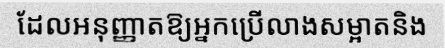
ដែលអនុញ្ញាតឱ្យអ្នកប្រើលាងសម្អាតនិង